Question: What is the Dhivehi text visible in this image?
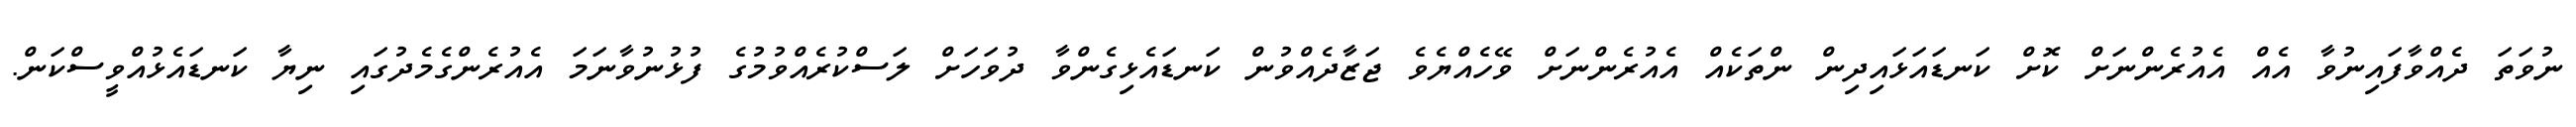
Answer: ނުވަތަ ދެއްވާފައިނުވާ އެއް އެއުރެންނަށް ކޮށް ކަނޑައަޅައިދިން ންތަކެއް އެއުރެންނަށް ވޭހެއްޔެވެ ޖަޒާދެއްވުން ކަނޑައެޅިގެންވާ ދުވަހަށް ލަސްކުރެއްވުމުގެ ފުޅުނުވާނަމަ އެއުރެންގެމެދުގައި ނިޔާ ކަނޑައެޅުއްވީސްކަން.